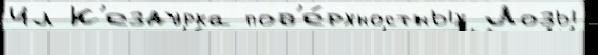
Ил К'ездурка пов'е́рхностных Лозы